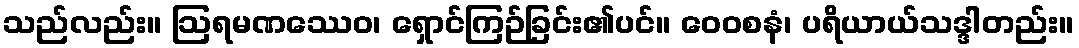
သည်လည်း။ ဩရမဏဿေဝ၊ ရှောင်ကြဉ်ခြင်း၏ပင်။ ဝေဝစနံ၊ ပရိယာယ်သဒ္ဒါတည်း။